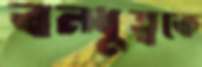
বন্ধুত্বকে